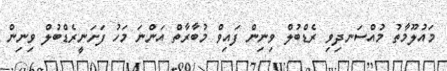
މައުލޫމާތު މުއްސަނދިވި ރެޑްބުލް ވިނިން ފައިވް މުބާރާތް އަންނަ މަހު ފަށަނީރެޑްބުލް ވިނިން